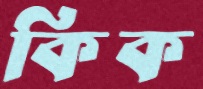
কিক